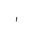
Letter: _alif